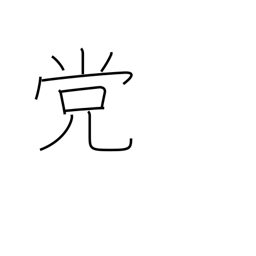
Meaning: faction